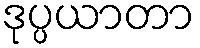
ဒုပ္ပယာတာ